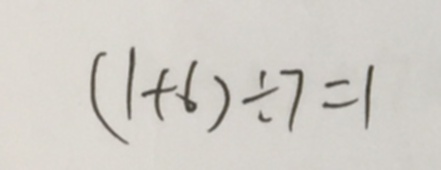
( 1 + 6 ) \div 7 = 1